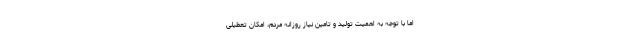
اما با توجه به اهمیت تولید و تامین نیاز روزانه مردم، امکان تعطیلی